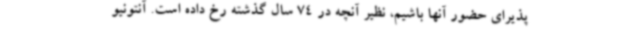
پذیرای حضور آنها باشیم، نظیر آنچه در 74 سال گذشته رخ داده است. آنتونیو